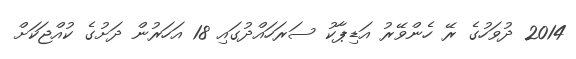
2014 ދުވަހުގެ ރޭ ހެންވޭރު އަޑިޕާކު ސަރަހައްދުގައި 18 އަހަރުން ދަށުގެ ކުއްޖަކަށް